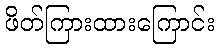
ဖိတ်ကြားထားကြောင်း